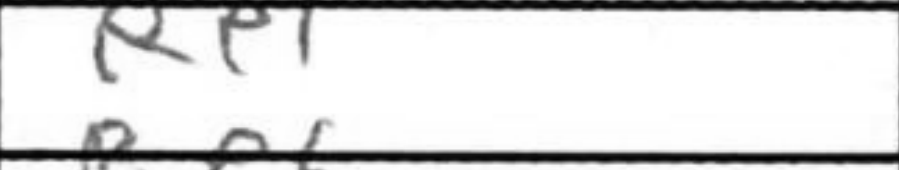
Transcription: Re1